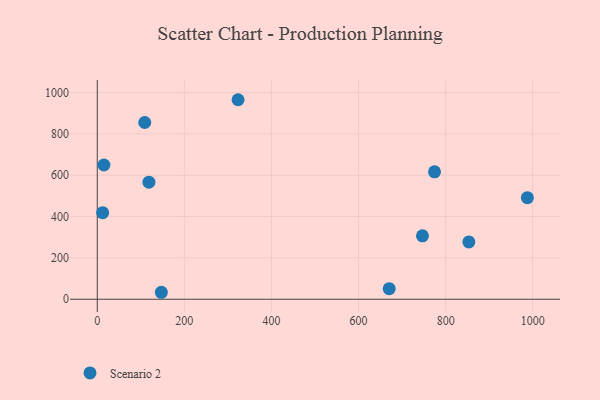
{"axis": {"x": "Study Hours", "y": "Sales"}, "legend": ["Scenario 2"], "data": [{"x": "12.3", "y": 418.8, "type": "Scenario 2"}, {"x": "118.6", "y": 566.2, "type": "Scenario 2"}, {"x": "987.7", "y": 491.6, "type": "Scenario 2"}, {"x": "774.5", "y": 616.6, "type": "Scenario 2"}, {"x": "109.0", "y": 855.2, "type": "Scenario 2"}, {"x": "746.8", "y": 306.6, "type": "Scenario 2"}, {"x": "670.4", "y": 51.2, "type": "Scenario 2"}, {"x": "323.3", "y": 965.3, "type": "Scenario 2"}, {"x": "15.2", "y": 649.5, "type": "Scenario 2"}, {"x": "147.1", "y": 33.7, "type": "Scenario 2"}, {"x": "853.3", "y": 277.1, "type": "Scenario 2"}]}